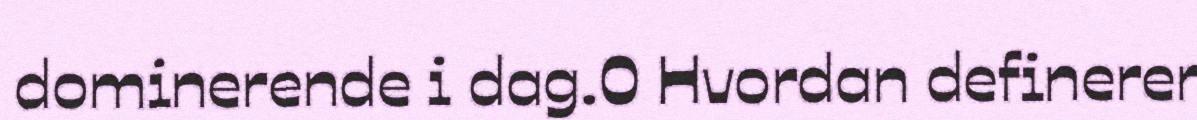
dominerende i dag.0 Hvordan definerer